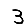
Digit: 3